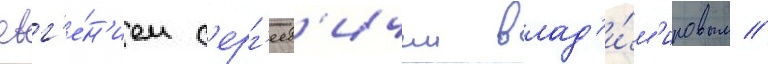
евг'е́н'ием с'ерг'еев'ичем влад'и́м'ировым //